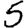
Digit: 5